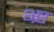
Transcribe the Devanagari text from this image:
भ्र्ष्ट